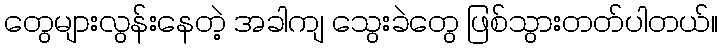
တွေများလွန်းနေတဲ့ အခါကျ သွေးခဲတွေ ဖြစ်သွားတတ်ပါတယ်။